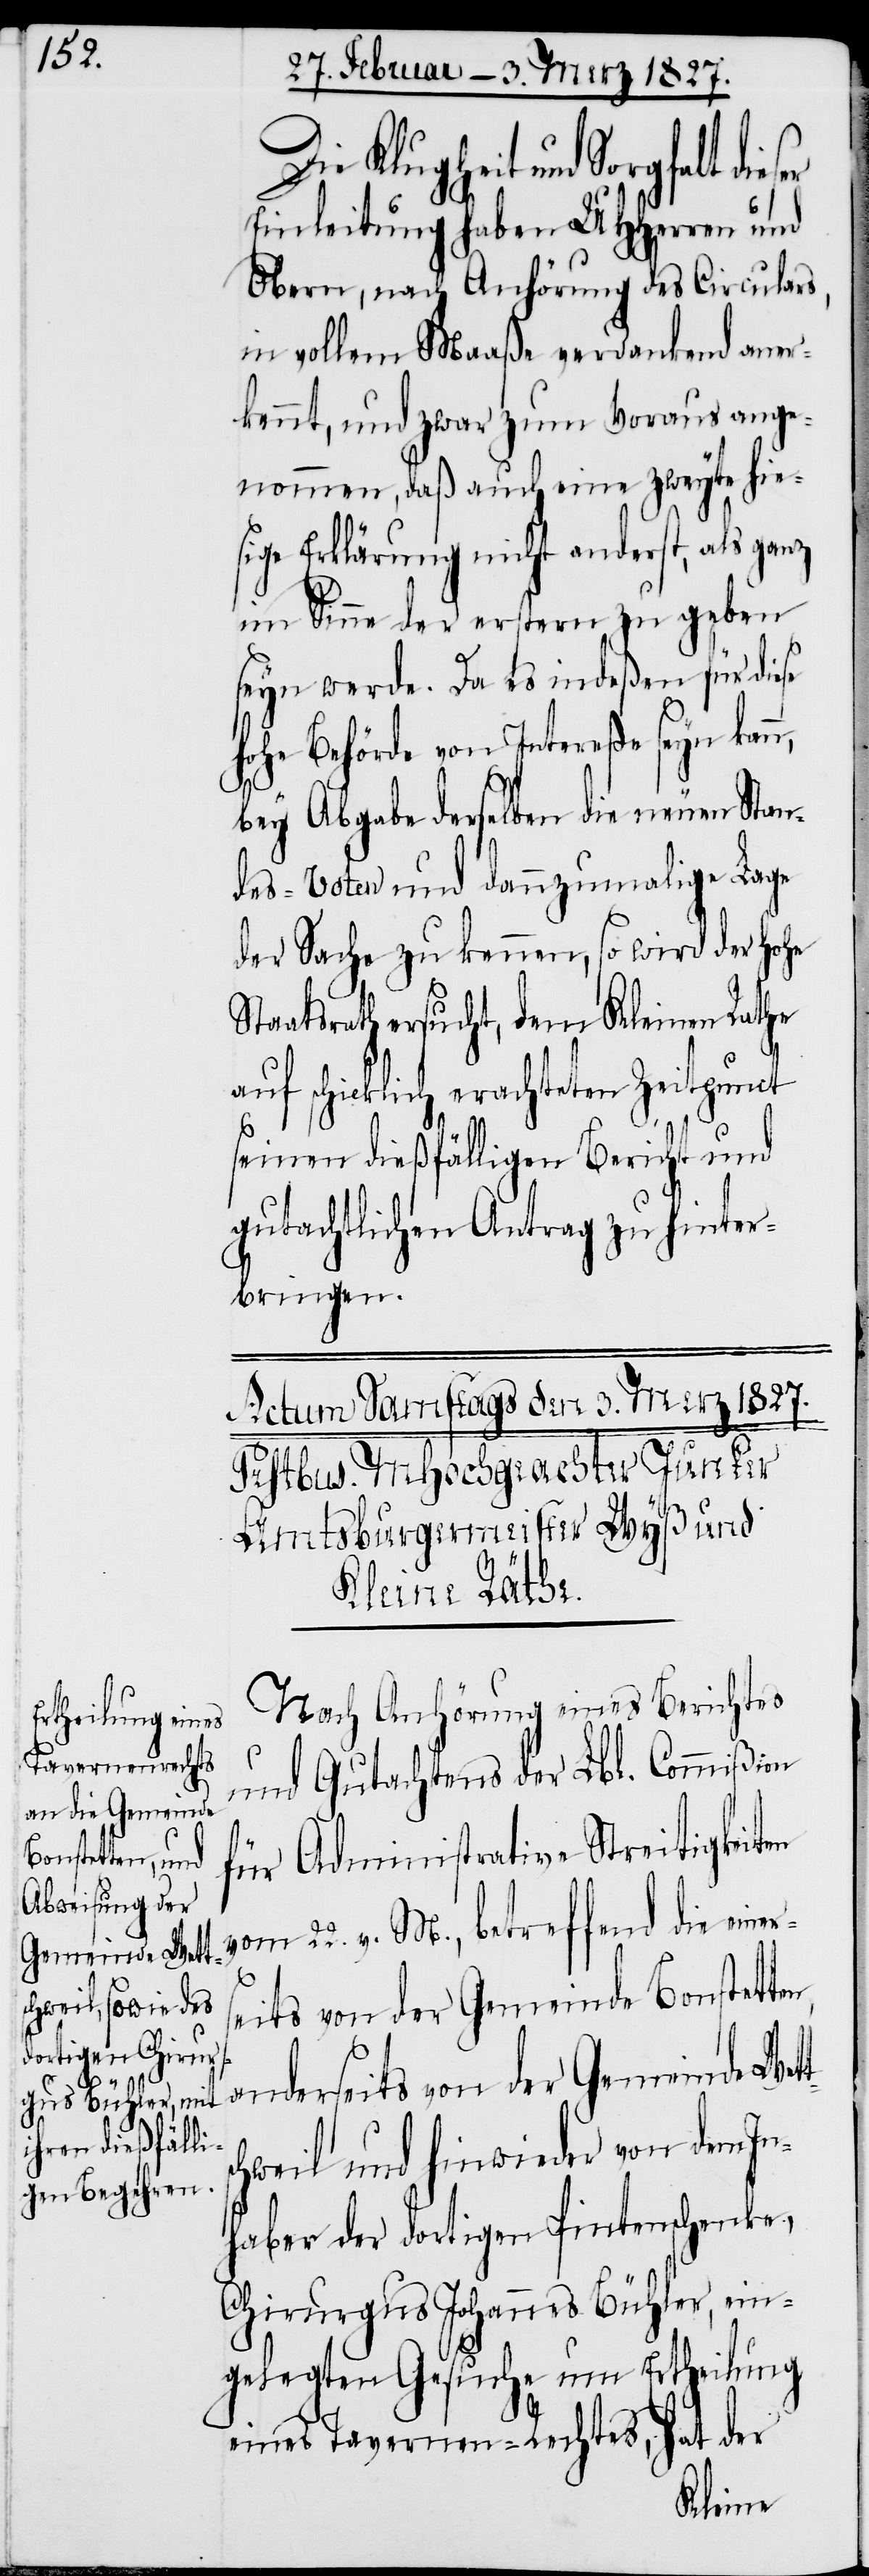
tsc¬

Die Klugheit und Sorgfalt
Einleitung haben UHHerren und
Obern, nach Anhörung des Circulars,
in vollem Maaße verdankend aner¬
kennt, und zwar zum Voraus ange¬
nommen, daß auch eine zweyte hie¬
sige Erklärung nicht anderst, als ganz
im Sinne der erstern zu geben
seyn werde. Da es indeßen für diese
hohe Behörde von Intereße seyn kann,
bey Abgabe derselben die neuen Stan¬
des-Voten und dannzumalige Lage
der Sache zu kennen, so wird der hohe
taatsrath ersucht, dem Kleinen Rathe
auf schicklich erachteten Zeitpunct
seinen dießfälligen Bericht und
gutachtlichen Antrag zu hinter¬
bringen.
Nach Anhörung eines Berichtes
und Gutachtens der Lbl. Commißion
für Administrative Streitigkeiten
vom 22. v. M., betreffend die eine¬
eits von der Gemeinde Bonstette¬
anderseits von der Gemeinde Wet¬
hweil und hinwieder von dem In¬
haber der dortigen Pintenschenke,
Chirurgus Johannes Bühler, ein¬
gelegten Gesuche um Ertheilung
eines Tavernen-Rechtes, hat der